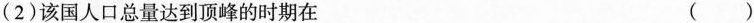
(2)该国人口总量达到顶峰的时期在 ( )